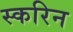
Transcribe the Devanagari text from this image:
स्करिन